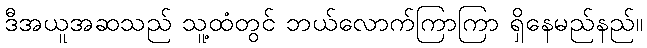
ဒီအယူအဆသည် သူ့ထံတွင် ဘယ်လောက်ကြာကြာ ရှိနေမည်နည်။